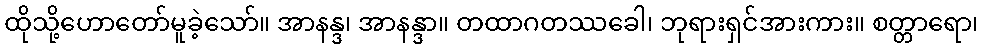
ထိုသို့ဟောတော်မူခဲ့သော်။ အာနန္ဒ၊ အာနန္ဒာ။ တထာဂတဿခေါ၊ ဘုရားရှင်အားကား။ စတ္တာရော၊